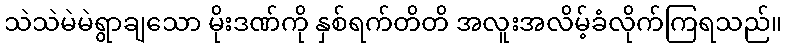
သဲသဲမဲမဲရွာချသော မိုးဒဏ်ကို နှစ်ရက်တိတိ အလူးအလိမ့်ခံလိုက်ကြရသည်။